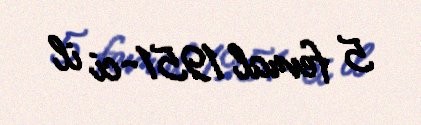
5 fevral 1951-ci il